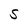
Character: S